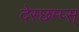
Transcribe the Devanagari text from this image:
देस्छम्प्स्